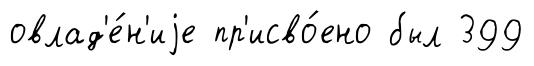
овлад'е́н'иjе пр'исво́ено был 399